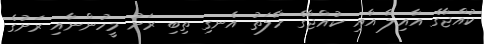
ކުއްޖާގެ އާއިލާ އާއި ކުއްޖާގެ ހާލަތު އެނގި ތިބި ރަށު މީހުންނާއި ރަށުގެ